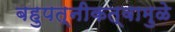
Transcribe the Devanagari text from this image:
बहुपत्‍नीकत्वामुळे